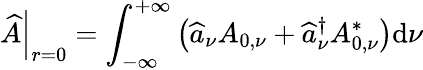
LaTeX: \left.\widehat{A}\right|_{r=0}=\int_{-\infty}^{+\infty}\left(\widehat{a}_{\nu}A_{0,\nu}+\widehat{a}_{\nu}^{\dagger}A_{0,\nu}^{*}\right)\mathrm{d}\nu